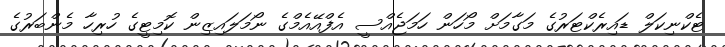
ޓެކްނިކަލް ޑައިރެކްޓަރުގެ މަގާމަށް މޯހަން ހަަމަޖެއްސީ އެފްއޭއެމްގެ ނޯމަލައިޒިން ކޮމިޓީގެ ހުރިހާ މެންބަރުގެ